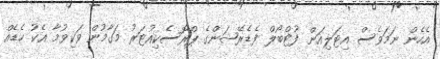
އެހެން ނަމަވެސް އިޓަލިއަން ފުޓްބޯލް ފެޑެރޭޝަންގެ ޕްރޮސެކިއުޓަރު މަގާމުން ވަކިވުމާ އެކު ހެޑެއް